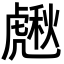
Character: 𧇸